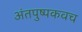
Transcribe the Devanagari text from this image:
अंतपुष्पकवच